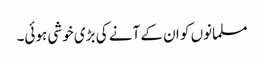
مسلمانوں کو ان کے آنے کی بڑی خوشی ہوئی۔